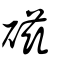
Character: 礠